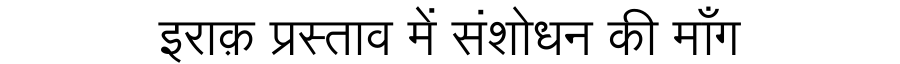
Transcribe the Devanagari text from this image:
इराक़ प्रस्ताव में संशोधन की माँग